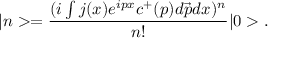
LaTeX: | n > = \frac { ( i \int j ( x ) e ^ { i p x } c ^ { + } ( p ) d \vec { p } d x ) ^ { n } } { n ! } | 0 > .